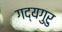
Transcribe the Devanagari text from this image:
गद्यगुरु